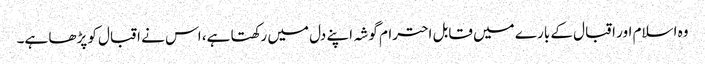
وہ اسلام اور اقبال کے بارے میں قابل احترام گوشہ اپنے دل میں رکھتا ہے، اس نے اقبال کو پڑھا ہے۔